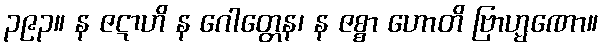
၃၉၃။ န ဇဋာဟိ န ဂေါတ္တေန၊ န ဇစ္စာ ဟောတိ ဗြာဟ္မဏော။